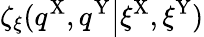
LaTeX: \zeta_{\xi}(\left.q^{\mathrm{X}},q^{\mathrm{Y}}\right|\xi^{\mathrm{X}},\xi^{\mathrm{Y}})